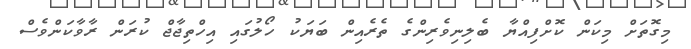
މިގޮތަށް މިކަން ކޮށްފިއްޔާ ބެލިނިވެރިންގެ ތެރެއިން ބަޔަކު ހޯލުގައި އިހްތިޖާޖް ކުރަން ރާވާކަންވެސް